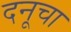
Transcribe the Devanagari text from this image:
दनूचा